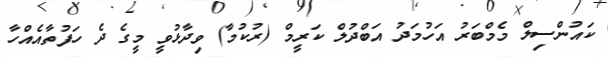
ކައުންސިލް މެމްބަރު އަހުމަދު އަބްދުލް ކަރީމް (ރުކުމާ) ވިދާޅުވީ މީގެ ދެ ހަފުތާއެއްހާ